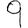
Digit: 9